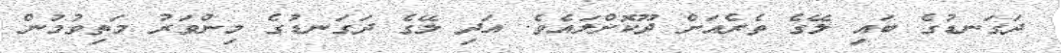
ދަގަނޑުގެ ބައި ލޭގެ ތެރެއަށް ދޫކޮށްލައެވެ. އަދި ލޭގެ ދަގަނޑުގެ މިންވަރު މަތިވުމުން